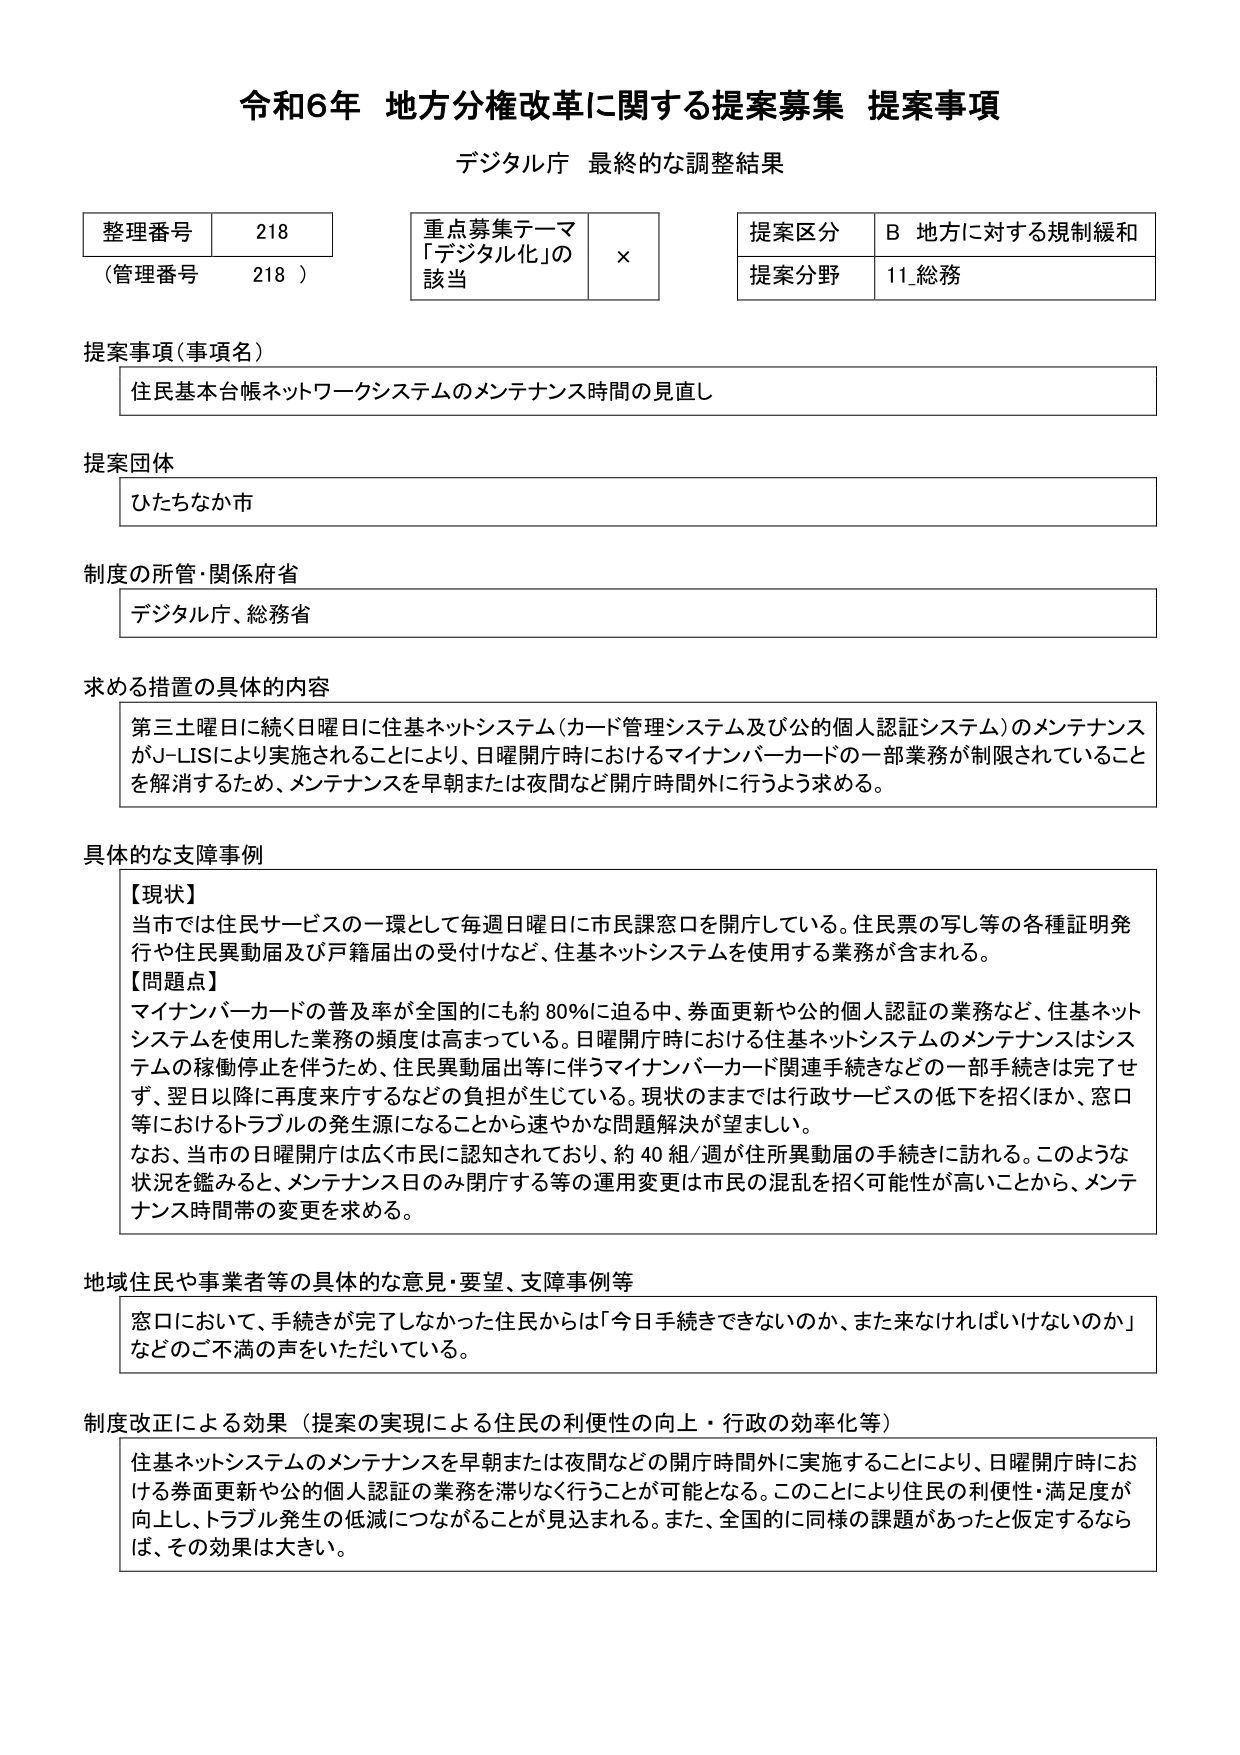
令和6年 地方分権改革に関する提案募集 提案事項
デジタル庁 最終的な調整結果

整理番号 218
（管理番号 218）

重点募集テーマ
「デジタル化」の
該当 ×

提案区分 B 地方に対する規制緩和
提案分野 11 総務

提案事項（事項名）
住民基本台帳ネットワークシステムのメンテナンス時間の見直し

提案団体
ひたちなか市

制度の所管・関係府省
デジタル庁、総務省

求める措置の具体的内容
第三土曜日に続く日曜日に住基ネットシステム（カード管理システム及び公的個人認証システム）のメンテナンスがJ-LISにより実施されることにより、日曜開庁時におけるマイナンバーカードの一部業務が制限されていることを解消するため、メンテナンスを早朝または夜間など開庁時間外に行うよう求める。

具体的な支障事例
【現状】
当市では住民サービスの一環として毎週日曜日に市民課窓口を開庁している。住民票の写し等の各種証明発行や住民異動届及び戸籍届出の受付けなど、住基ネットシステムを使用する業務が含まれる。
【問題点】
マイナンバーカードの普及率が全国的にも約80％に迫る中、券面更新や公的個人認証の業務など、住基ネットシステムを使用した業務の頻度は高まっている。日曜開庁時における住基ネットシステムのメンテナンスはシステムの移動停止を伴うため、住民異動届出等に伴うマイナンバーカード関連手続きなどの一部手続きは完了せず、翌日以降に再度来庁するなどの負担が生じている。現状のままでは行政サービスの低下を招くほか、窓口等におけるトラブルの発生源になることから速やかな問題解決が望ましい。
なお、当市の日曜開庁は広く市民に認知されており、約40組/週が住所異動届の手続きに訪れる。このような状況を鑑みると、メンテナンス日のみ開庁する等の運用変更は市民の混乱を招く可能性が高いことから、メンテナンス時間帯の変更を求める。

地域住民や事業者等の具体的な意見・要望、支障事例等
窓口において、手続きが完了しなかった住民からは「今日手続きできないのか、また来なければいけないのか」などのご不満の声をいただいている。

制度改正による効果（提案の実現による住民の利便性の向上・行政の効率化等）
住基ネットシステムのメンテナンスを早朝または夜間などの開庁時間外に実施することにより、日曜開庁時における券面更新や公的個人認証の業務を滞りなく行うことが可能となる。このことにより住民の利便性・満足度が向上し、トラブル発生の低減につながることが見込まれる。また、全国的に同様の課題があったと仮定するならば、その効果は大きい。